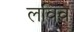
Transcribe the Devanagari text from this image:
लविव